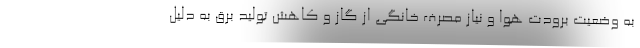
به وضعیت برودت هوا و نیاز مصرف خانگی از گاز و کاهش تولید برق به دلیل